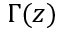
\Gamma ( z )